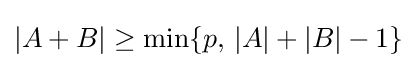
|A+B|\geq \min\{p,\,|A|+|B|-1\}